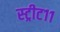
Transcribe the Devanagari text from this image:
स्ट्रीट११